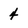
Character: 4